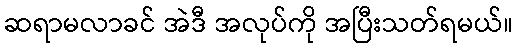
ဆရာမလာခင် အဲဒီ အလုပ်ကို အပြီးသတ်ရမယ်။